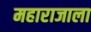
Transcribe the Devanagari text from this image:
महाराजाला